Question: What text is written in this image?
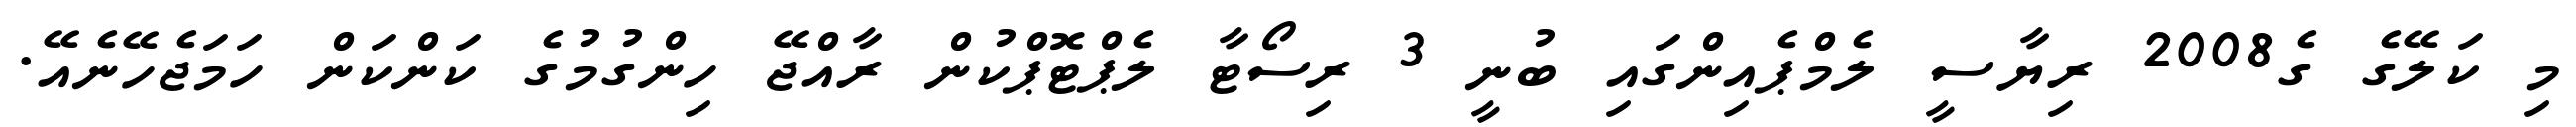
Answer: މި ކަލޭގެ ގެ2008 ރިޔާސީ ލެމްޕެއިންގައި ބުނީ 3 ރިސޯޓާ ލެޕްޓޮޕްކުން ރާއްޖޭ ހިންގުމުގެ ކަންކަން ހަމަޖެހޭނެއޭ.